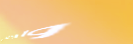
واجلسي